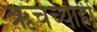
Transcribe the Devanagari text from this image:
ऋचेच्याही